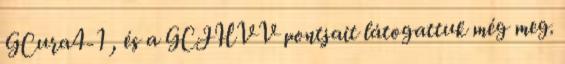
GCura4-1 , és a GCJHVV pontjait látogattuk még meg.